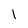
Character: 1